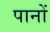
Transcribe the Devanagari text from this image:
पानों